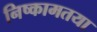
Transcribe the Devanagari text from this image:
निष्कामतया